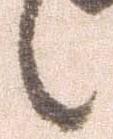
之